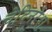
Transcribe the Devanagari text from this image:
चेदिनरेश